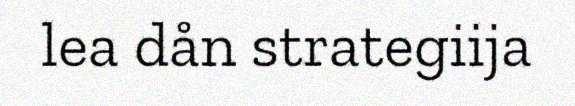
lea dån strategiija